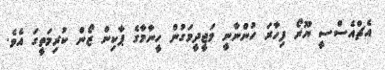
އެޗްއެސްސީ ޔޫރޯ ފިހާރަ ހުންނާނީ މަޖީދީމަގުން ހީނާމާގެ ޕާކިން ޒޯން ކުރިމަތީގަ އެވެ.